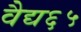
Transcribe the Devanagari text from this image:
वैद्य६५